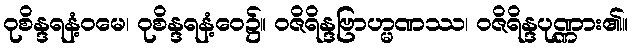
ဝုစိန္ဒရနံ့ဝမေ၊ ဝုစိန္ဒရနံ့ဝေ၌။ ဝဇိရိန္ဒဗြာဟ္မဏဿ၊ ဝဇိရိန္ဒပုဏ္ဏား၏။